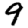
Digit: 9